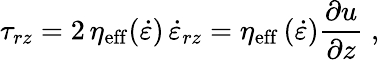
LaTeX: \tau_{rz}=2\, \eta_{\mathrm{eff}}(\dot{\varepsilon})\, \dot{\varepsilon}_{rz}=\eta_{\mathrm{eff}}\, (\dot{\varepsilon})\frac{\partial u}{\partial z}\; ,